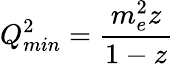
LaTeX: Q_{min}^{2}={\frac{m_{e}^{2}z}{1-z}}